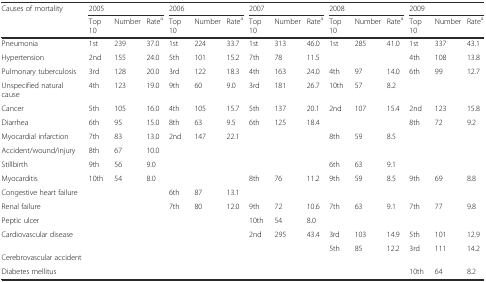
<table><thead><tr><td rowspan="2"><b>Causes of mortality</b></td><td colspan="3"><b>2005</b></td><td colspan="3"><b>2006</b></td><td colspan="3"><b>2007</b></td><td colspan="3"><b>2008</b></td><td colspan="3"><b>2009</b></td></tr><tr><td><b>Top 10</b></td><td><b>Number</b></td><td><b>Rate<sup>a</sup></b></td><td><b>Top 10</b></td><td><b>Number</b></td><td><b>Rate<sup>a</sup></b></td><td><b>Top 10</b></td><td><b>Number</b></td><td><b>Rate<sup>a</sup></b></td><td><b>Top 10</b></td><td><b>Number</b></td><td><b>Rate<sup>a</sup></b></td><td><b>Top 10</b></td><td><b>Number</b></td><td><b>Rate<sup>a</sup></b></td></tr></thead><tbody><tr><td>Pneumonia</td><td>1st</td><td>239</td><td>37.0</td><td>1st</td><td>224</td><td>33.7</td><td>1st</td><td>313</td><td>46.0</td><td>1st</td><td>285</td><td>41.0</td><td>1st</td><td>337</td><td>43.1</td></tr><tr><td>Hypertension</td><td>2nd</td><td>155</td><td>24.0</td><td>5th</td><td>101</td><td>15.2</td><td>7th</td><td>78</td><td>11.5</td><td></td><td></td><td></td><td>4th</td><td>108</td><td>13.8</td></tr><tr><td>Pulmonary tuberculosis</td><td>3rd</td><td>128</td><td>20.0</td><td>3rd</td><td>122</td><td>18.3</td><td>4th</td><td>163</td><td>24.0</td><td>4th</td><td>97</td><td>14.0</td><td>6th</td><td>99</td><td>12.7</td></tr><tr><td>Unspecified natural cause</td><td>4th</td><td>123</td><td>19.0</td><td>9th</td><td>60</td><td>9.0</td><td>3rd</td><td>181</td><td>26.7</td><td>10th</td><td>57</td><td>8.2</td><td></td><td></td><td></td></tr><tr><td>Cancer</td><td>5th</td><td>105</td><td>16.0</td><td>4th</td><td>105</td><td>15.7</td><td>5th</td><td>137</td><td>20.1</td><td>2nd</td><td>107</td><td>15.4</td><td>2nd</td><td>123</td><td>15.8</td></tr><tr><td>Diarrhea</td><td>6th</td><td>95</td><td>15.0</td><td>8th</td><td>63</td><td>9.5</td><td>6th</td><td>125</td><td>18.4</td><td></td><td></td><td></td><td>8th</td><td>72</td><td>9.2</td></tr><tr><td>Myocardial infarction</td><td>7th</td><td>83</td><td>13.0</td><td>2nd</td><td>147</td><td>22.1</td><td></td><td></td><td></td><td>8th</td><td>59</td><td>8.5</td><td></td><td></td><td></td></tr><tr><td>Accident/wound/injury</td><td>8th</td><td>67</td><td>10.0</td><td></td><td></td><td></td><td></td><td></td><td></td><td></td><td></td><td></td><td></td><td></td><td></td></tr><tr><td>Stillbirth</td><td>9th</td><td>56</td><td>9.0</td><td></td><td></td><td></td><td></td><td></td><td></td><td>6th</td><td>63</td><td>9.1</td><td></td><td></td><td></td></tr><tr><td>Myocarditis</td><td>10th</td><td>54</td><td>8.0</td><td></td><td></td><td></td><td>8th</td><td>76</td><td>11.2</td><td>9th</td><td>59</td><td>8.5</td><td>9th</td><td>69</td><td>8.8</td></tr><tr><td>Congestive heart failure</td><td></td><td></td><td></td><td>6th</td><td>87</td><td>13.1</td><td></td><td></td><td></td><td></td><td></td><td></td><td></td><td></td><td></td></tr><tr><td>Renal failure</td><td></td><td></td><td></td><td>7th</td><td>80</td><td>12.0</td><td>9th</td><td>72</td><td>10.6</td><td>7th</td><td>63</td><td>9.1</td><td>7th</td><td>77</td><td>9.8</td></tr><tr><td>Peptic ulcer</td><td></td><td></td><td></td><td></td><td></td><td></td><td>10th</td><td>54</td><td>8.0</td><td></td><td></td><td></td><td></td><td></td><td></td></tr><tr><td>Cardiovascular disease</td><td></td><td></td><td></td><td></td><td></td><td></td><td>2nd</td><td>295</td><td>43.4</td><td>3rd</td><td>103</td><td>14.9</td><td>5th</td><td>101</td><td>12.9</td></tr><tr><td>Cerebrovascular accident</td><td></td><td></td><td></td><td></td><td></td><td></td><td></td><td></td><td></td><td>5th</td><td>85</td><td>12.2</td><td>3rd</td><td>111</td><td>14.2</td></tr><tr><td>Diabetes mellitus</td><td></td><td></td><td></td><td></td><td></td><td></td><td></td><td></td><td></td><td></td><td></td><td></td><td>10th</td><td>64</td><td>8.2</td></tr></tbody></table>